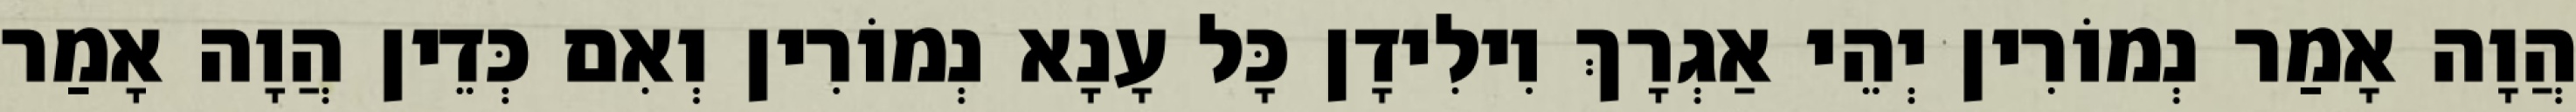
הֲוָה אָמַר נְמוֹרִין יְהֵי אַגְרָךְ וִילִידָן כָּל עָנָא נְמוֹרִין וְאִם כְּדֵין הֲוָה אָמַר